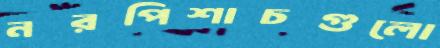
নরপিশাচগুলো